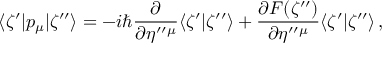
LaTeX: \langle \zeta ^ { \prime } | p _ { \mu } | \zeta ^ { \prime \prime } \rangle = - i \hbar \frac { \partial } { \partial \eta ^ { \prime \prime } { } ^ { \mu } } \langle \zeta ^ { \prime } | \zeta ^ { \prime \prime } \rangle + \frac { \partial F ( \zeta ^ { \prime \prime } ) } { \partial \eta ^ { \prime \prime } { } ^ { \mu } } \langle \zeta ^ { \prime } | \zeta ^ { \prime \prime } \rangle \, ,